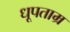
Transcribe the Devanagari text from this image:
धूपताम्र